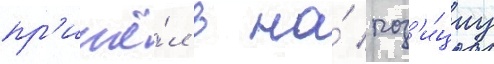
пр'ишё́л в на́ поз'и́циу